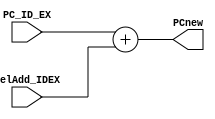
module PC_calculate(
    input [7:0] PC_ID_EX,
    input [7:0] relAdd_IDEX,
    output reg [7:0] PCnew
    );
    
    always @(*)
    begin 
        PCnew= PC_ID_EX + relAdd_IDEX;
    end
endmodule